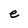
Character: e